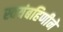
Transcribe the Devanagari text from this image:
स्वयंबहिणीने